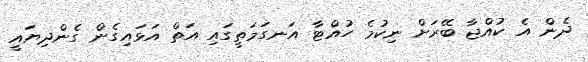
ދެން އެ ކުއްޖާ ބޭރަށް ނިކުމެ ހުއްޓާ އަނގަމަތީގައި އަތް އަޅައިގެން ގެންދިޔައީ